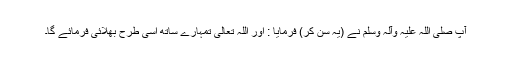
آپ صلی اللہ علیہ وآلہ وسلم نے (یہ سن کر) فرمایا : اور اللہ تعالیٰ تمہارے ساتھ اسی طرح بھلائی فرمائے گا۔